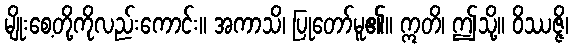
မျိုးစေ့တို့ကိုလည်းကောင်း။ အကာသိ၊ ပြုတော်မူ၏။ ဣတိ၊ ဤသို့။ ဝိဿဇ္ဇိ၊